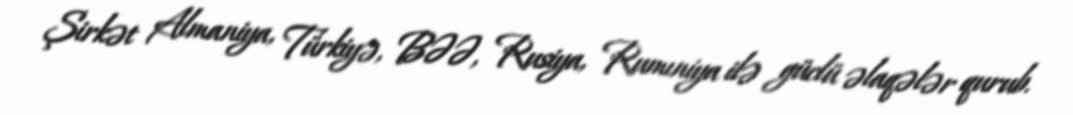
Şirkət Almaniya, Türkiyə, BƏƏ, Rusiya, Rumıniya ilə güclü əlaqələr qurub.